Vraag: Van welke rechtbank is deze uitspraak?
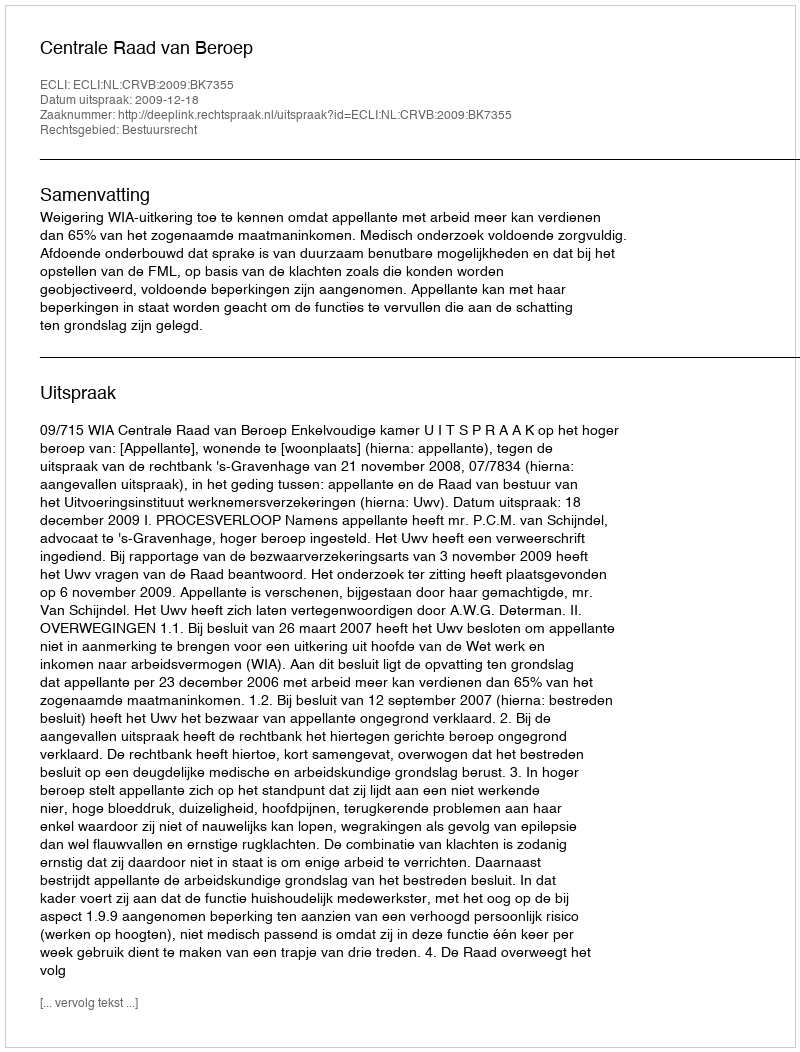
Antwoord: Centrale Raad van Beroep